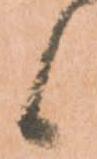
候